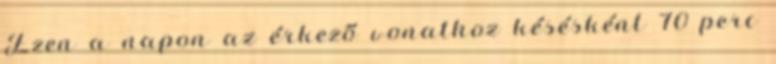
Ezen a napon az érkező vonathoz késésként 70 perc